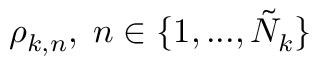
\rho _ { k , n } , \; n \in \{ 1 , . . . , \tilde { N } _ { k } \}